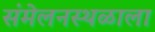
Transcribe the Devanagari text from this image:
संमेलनस्थळाला